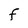
Character: F